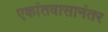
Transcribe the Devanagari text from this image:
एकांतवासानंतर